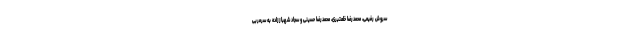
سروش رفیعی، محمدرضا خلعتبری، محمدرضا حسینی و سجاد شهباززاده به سرمربی